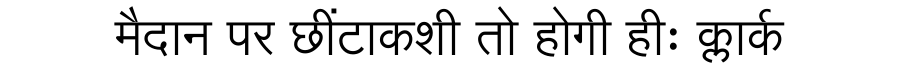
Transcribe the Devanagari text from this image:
मैदान पर छींटाकशी तो होगी हीः क्लार्क